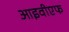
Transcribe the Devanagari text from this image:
आइवीएफ